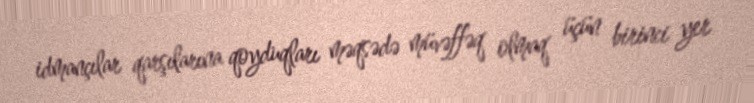
idmançılar qarşılarına qoyduqları məqsədə müvəffəq olmaq üçün birinci yer